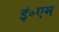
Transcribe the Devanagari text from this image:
ई॰एम